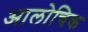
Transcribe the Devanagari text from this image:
आलोचिक